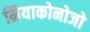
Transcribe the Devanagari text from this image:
मियाकोनोजो